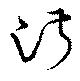
淑